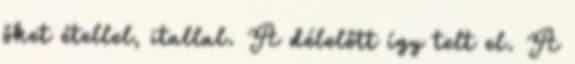
őket étellel, itallal. A délelőtt így telt el. A